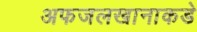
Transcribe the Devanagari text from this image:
अफजलखानाकडे